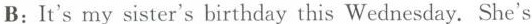
B: It's my sister's birthday this Wednesday.She's